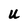
Character: U